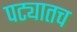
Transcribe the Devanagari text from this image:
पट्यातच